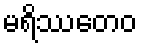
မရိဿတေဝ